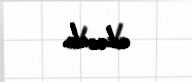
edəcək.